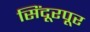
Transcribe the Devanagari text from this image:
सिंदूरपूर